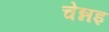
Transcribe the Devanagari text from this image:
चेन्नइ